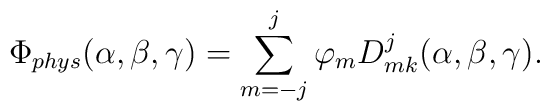
\Phi_{phys}(\alpha,\beta,\gamma) = \sum_{m=-j}^j \varphi_mD^j_{mk}(\alpha,\beta,\gamma).